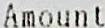
AMOUNT